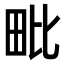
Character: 毗